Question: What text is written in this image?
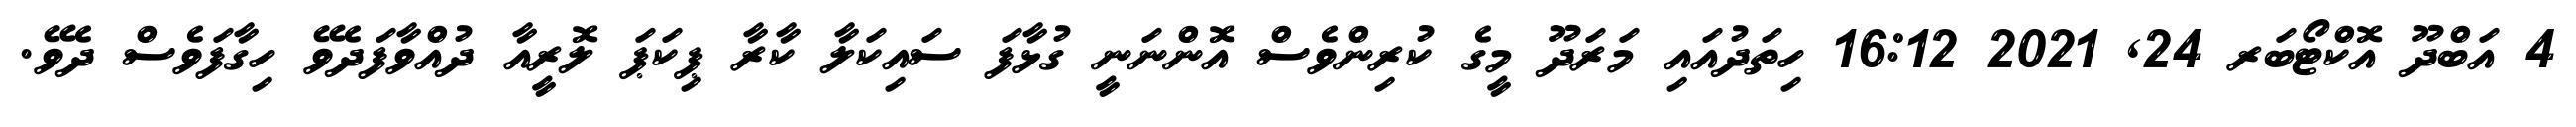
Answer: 4 އަބްދޫ އޮކްޓޯބަރ 24, 2021 16:12 ހިތަދުއައި މަރަދޫ މީގެ ކުރިންވެސް އޮންނަނީ ގުޅާފަ ސައިކަލާ ކާރާ ޕިކަޕަ ލޮރީއާ ދުއްވާފަދެވޭ ހިގާފަވެސް ދެވޭ.